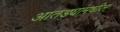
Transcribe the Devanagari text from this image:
आतड्यांमधील